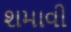
શમાવી